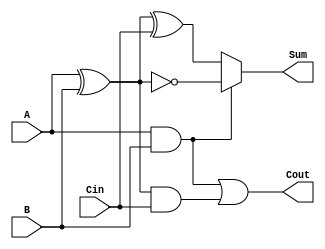
module ConditionalSumFullAdder (
    input wire A,      // First significant bit
    input wire B,      // Second significant bit
    input wire Cin,    // Carry input
    output wire Sum,   // Sum output
    output wire Cout   // Carry output
);

// Intermediate signals for carry generation
wire C1; // Carry from A and B
wire C2; // Carry from (A XOR B) and Cin
wire Sum1; // Intermediate sum using C1 condition
wire Sum2; // Intermediate sum using Cin

// Carry generation logic
assign C1 = A & B; // Carry when both A and B are 1
assign C2 = (A ^ B) & Cin; // Carry when A or B is 1 and Cin is 1

// Overall carry output
assign Cout = C1 | C2; // Carry out is the OR of the two carries

// Conditional sum logic
assign Sum1 = (A ^ B) ^ 1; // Sum if C1 is true (A XNOR B)
assign Sum2 = A ^ B ^ Cin;  // Sum if C1 is false

// Final sum output using a multiplexer-like behavior
assign Sum = (C1) ? Sum1 : Sum2; // Select Sum1 if C1 is true, otherwise Sum2

endmodule